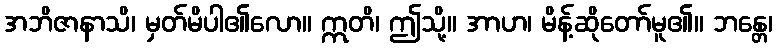
အဘိဇာနာသိ၊ မှတ်မိပါ၏လော။ ဣတိ၊ ဤသို့။ အာဟ၊ မိန့်ဆိုတော်မူ၏။ ဘန္တေ၊